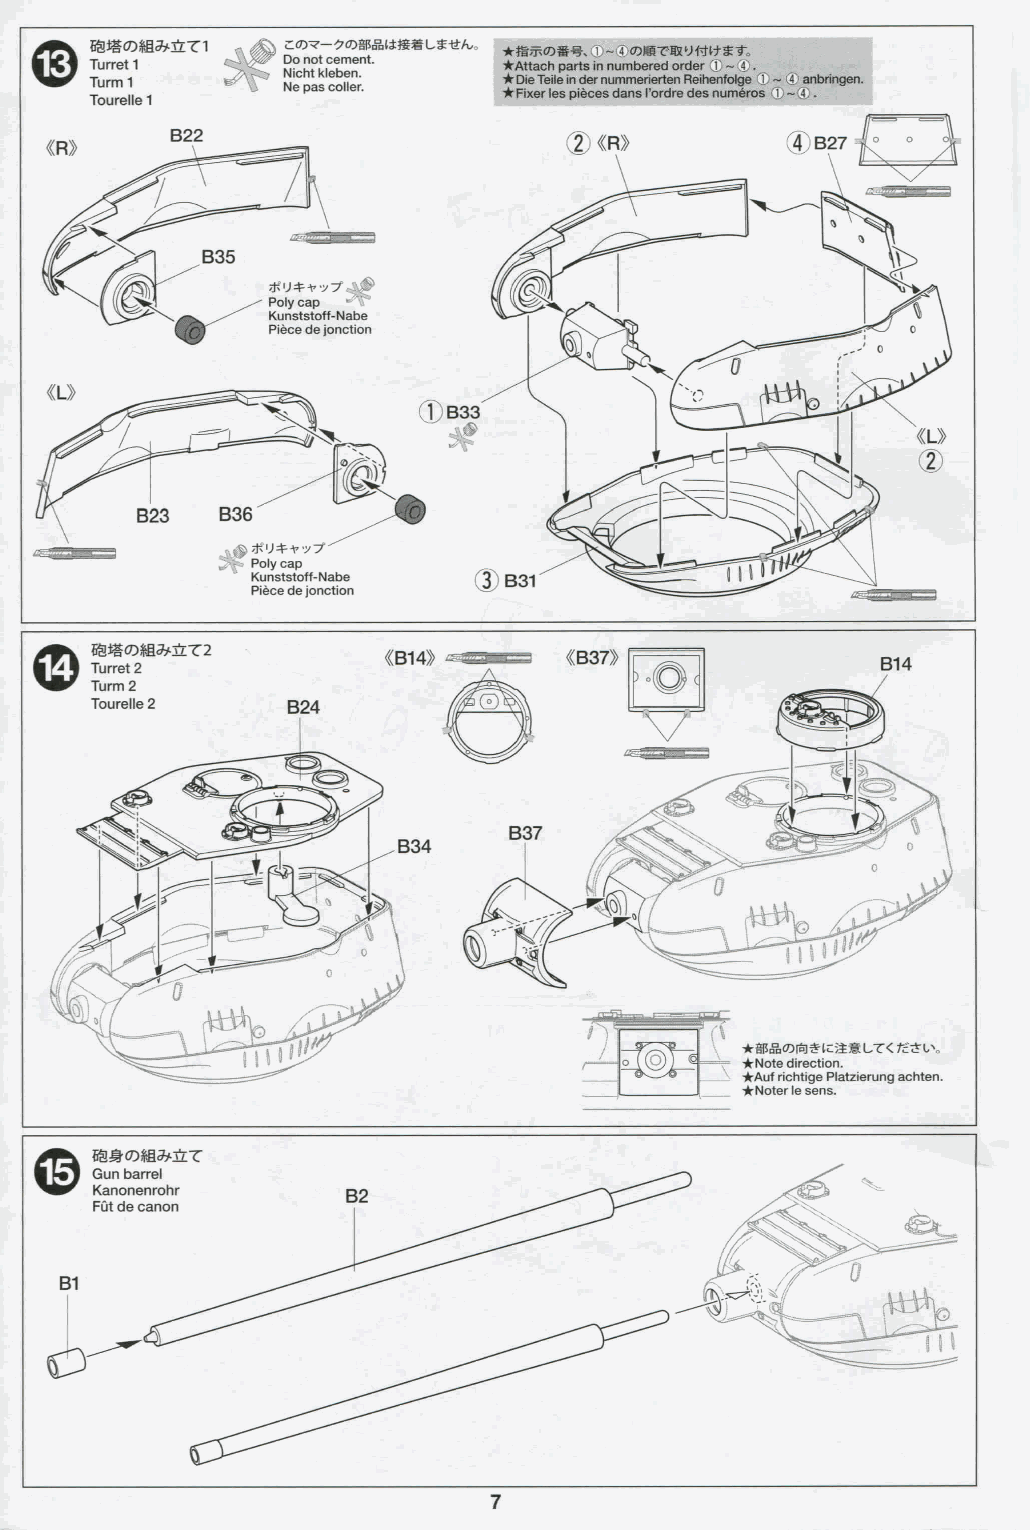
^) Turretl      Do not cement. •Attacti parts in numbered order .1 ~
 Nictit kleben.
 Turm 1    \j. Ne pas coller. *Die Teile in dernummerierten Reihenfolge J -.4 anbnngen.
 •Fixer les piéces dans l'ordre des números O j ~ .
 Tourelle 1
 B22
 Polycap •'T
 Kunststoff-Nabe
 Piécedejonction
 ®B33
 Kunststoff-Nabe
 Piéce de jonction
 «B14»       «B37»
 '•^i Turret2
 Turm 2
 Tourelle 2
 • g|!ñ©lRl*lcaSfLT</£;íl,\
 •Note direction.
 >^ •Auf richtige Platzierung achten.
 • Noterlesens.
 Gun barrel
 Kanonenrohr
 Füt de canon